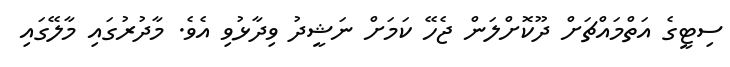
ސިޓީގެ އަތްމައްޗަށް ދޫކޮށްލަން ޖެހޭ ކަމަށް ނަޝީދު ވިދާޅުވި އެވެ. މާދުރުގައި މާލޭގައި